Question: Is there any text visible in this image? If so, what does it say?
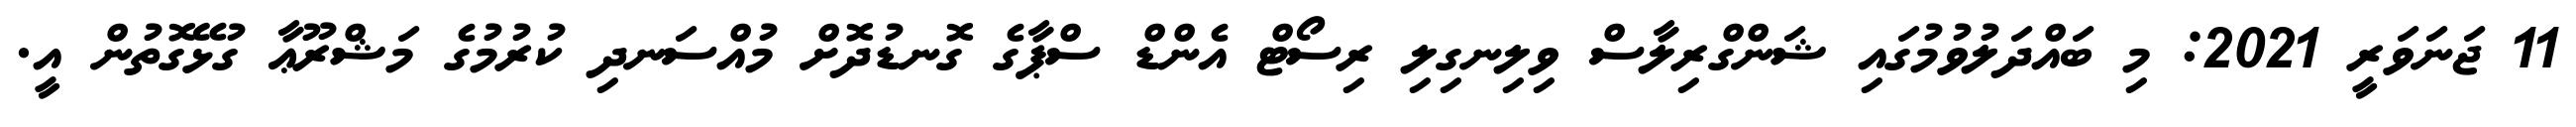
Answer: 11 ޖަނަވަރީ 2021: މި ބައްދަލުވުމުގައި ޝަންގްރިލާސް ވިލިނގިލި ރިސޯޓް އެންޑް ސްޕާގެ ގޮނޑުދޮށް މުއްސަނދި ކުރުމުގެ މަޝްރޫޢާ ގުޅޭގޮތުން އީ.